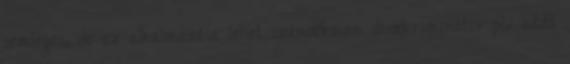
semleges, de az alkalmazása lehet szándékosan diszkriminatív pl.: adott